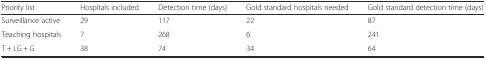
| Priority list | Hospitals included | Detection time (days) | Gold standard hospitals needed | Gold standard detection time (days) |
 | --- | --- | --- | --- | --- |
 | Surveillance active | 29 | 117 | 22 | 87 |
 | Teaching hospitals | 7 | 268 | 6 | 241 |
 | T + LG + G | 38 | 74 | 34 | 64 |